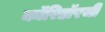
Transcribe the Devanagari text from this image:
कॉरिडॉरची